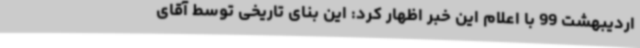
اردیبهشت 99 با اعلام این خبر اظهار کرد: این بنای تاریخی توسط آقای